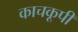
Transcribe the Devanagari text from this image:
काचकूपी